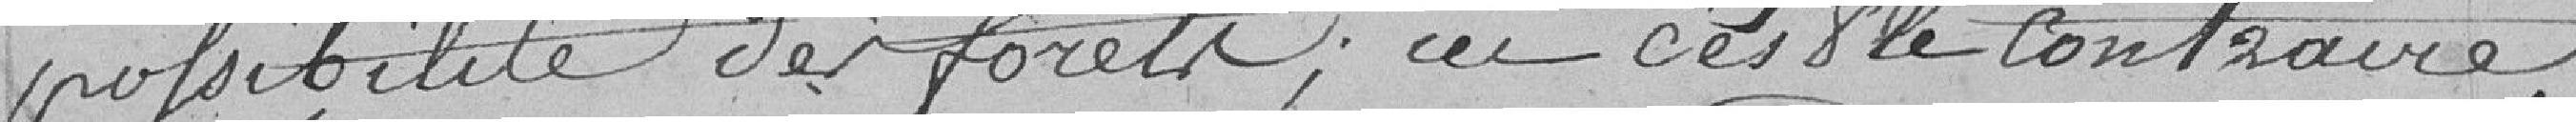
possibilité des forêts ; ici c'est le contraire,